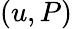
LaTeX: (u,P)